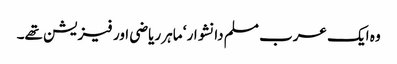
وہ ایک عرب مسلم دانشوار ‘ ماہر ریاضی اور فیزیشن تھے۔